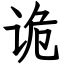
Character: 诡